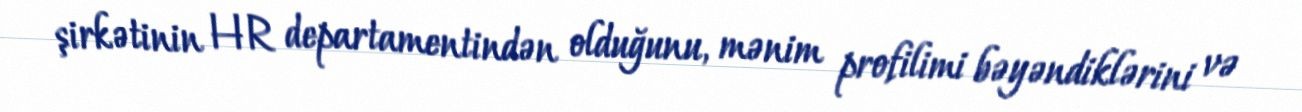
şirkətinin HR departamentindən olduğunu, mənim profilimi bəyəndiklərini və